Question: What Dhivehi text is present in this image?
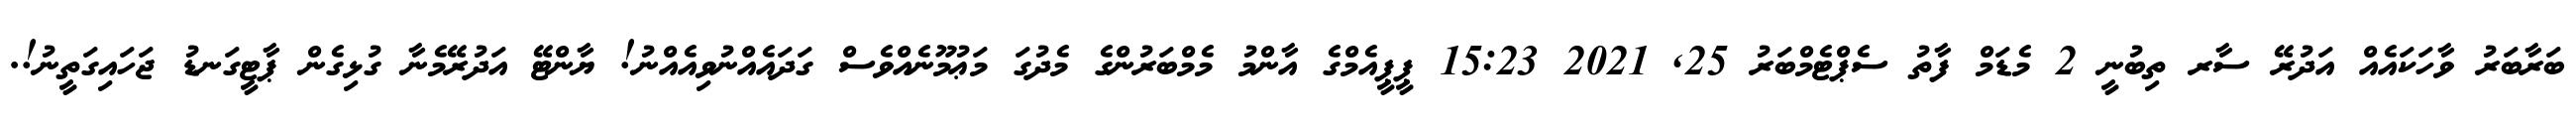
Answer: ބަރާބަރު ވާހަކައެއް އަދުރޭ ސާރ ތިބުނީ 2 މެޑަމް ފާތު ސެޕްޓެމްބަރު 25, 2021 15:23 ޕީޕީއެމްގެ އާންމު މެމްބަރުންގެ މެދުގަ މަޢުމޫނެއްވެސް ގަދައެއްނުވިއެއްނު! ޔާންޓޭ އަދުރޭމެނާ ގުޅިގެން ޕާޓީގަނޑު ޖަހައިގަތީނު!.